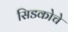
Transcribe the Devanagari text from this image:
सिडकोचे